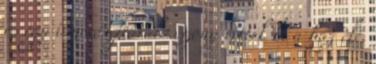
és egy ismerős fiatalasszony vitték ki a ház elé.